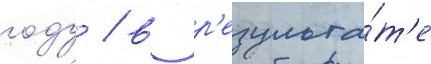
году / в р'езульта́т'е